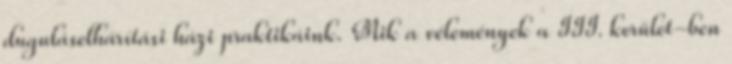
duguláselhárítási házi praktikáink. Mik a vélemények a III. kerület-ben